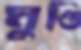
মুণ্ডি